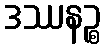
ဒဿနဉ္စ